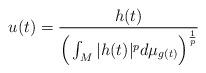
LaTeX: \begin{align*}u(t) = \frac{h(t)}{\Big( \int_M |h(t)|^p d\mu_{g(t)} \Big)^{\frac{1}{p}}}\end{align*}